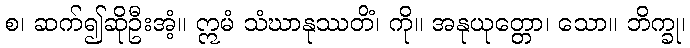
စ၊ ဆက်၍ဆိုဦးအံ့။ ဣမံ သံဃာနုဿတိံ၊ ကို။ အနုယုတ္တော၊ သော။ ဘိက္ခု၊